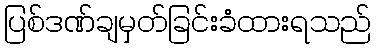
ပြစ်ဒဏ်ချမှတ်ခြင်းခံထားရသည်